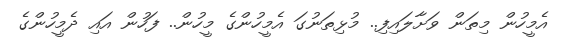
އެމީހުން މިތަން ވަށާލައިފި.. މުޅިތަނުގަ އެމީހުންގެ މީހުން.. ފަހުން އައި ދެމީހުންގެ